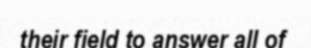
their field to answer all of